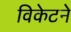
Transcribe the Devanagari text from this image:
विकेटने